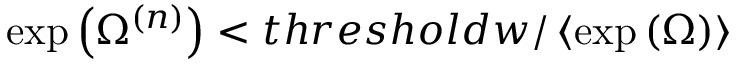
\exp \left( \Omega ^ { ( n ) } \right) < t h r e s h o l d w / \left\langle \exp \left( \Omega \right) \right\rangle